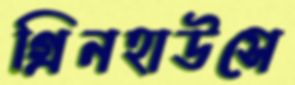
গ্রিনহাউসে